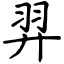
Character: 羿